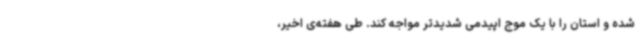
شده و استان را با یک موج اپیدمی شدیدتر مواجه کند. طی هفته‌ی اخیر،